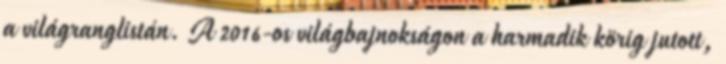
a világranglistán. A 2016-os világbajnokságon a harmadik körig jutott,